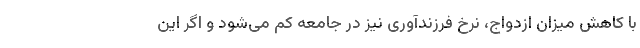
با کاهش میزان ازدواج، نرخ فرزندآوری نیز در جامعه کم می‌شود و اگر این